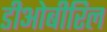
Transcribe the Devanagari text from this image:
डीओबीरिल